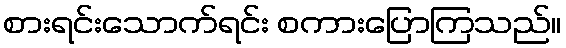
စားရင်းသောက်ရင်း စကားပြောကြသည်။